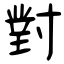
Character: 對